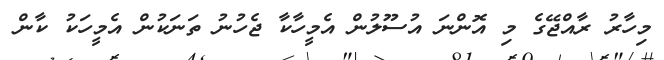
މިހާރު ރާއްޖޭގެ މި އޮންނަ އުސޫލުން އެމީހާކާ ޖެހުނު ތަނަކުން އެމީހަކު ކާން